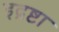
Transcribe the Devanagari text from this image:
इद्रष्टा